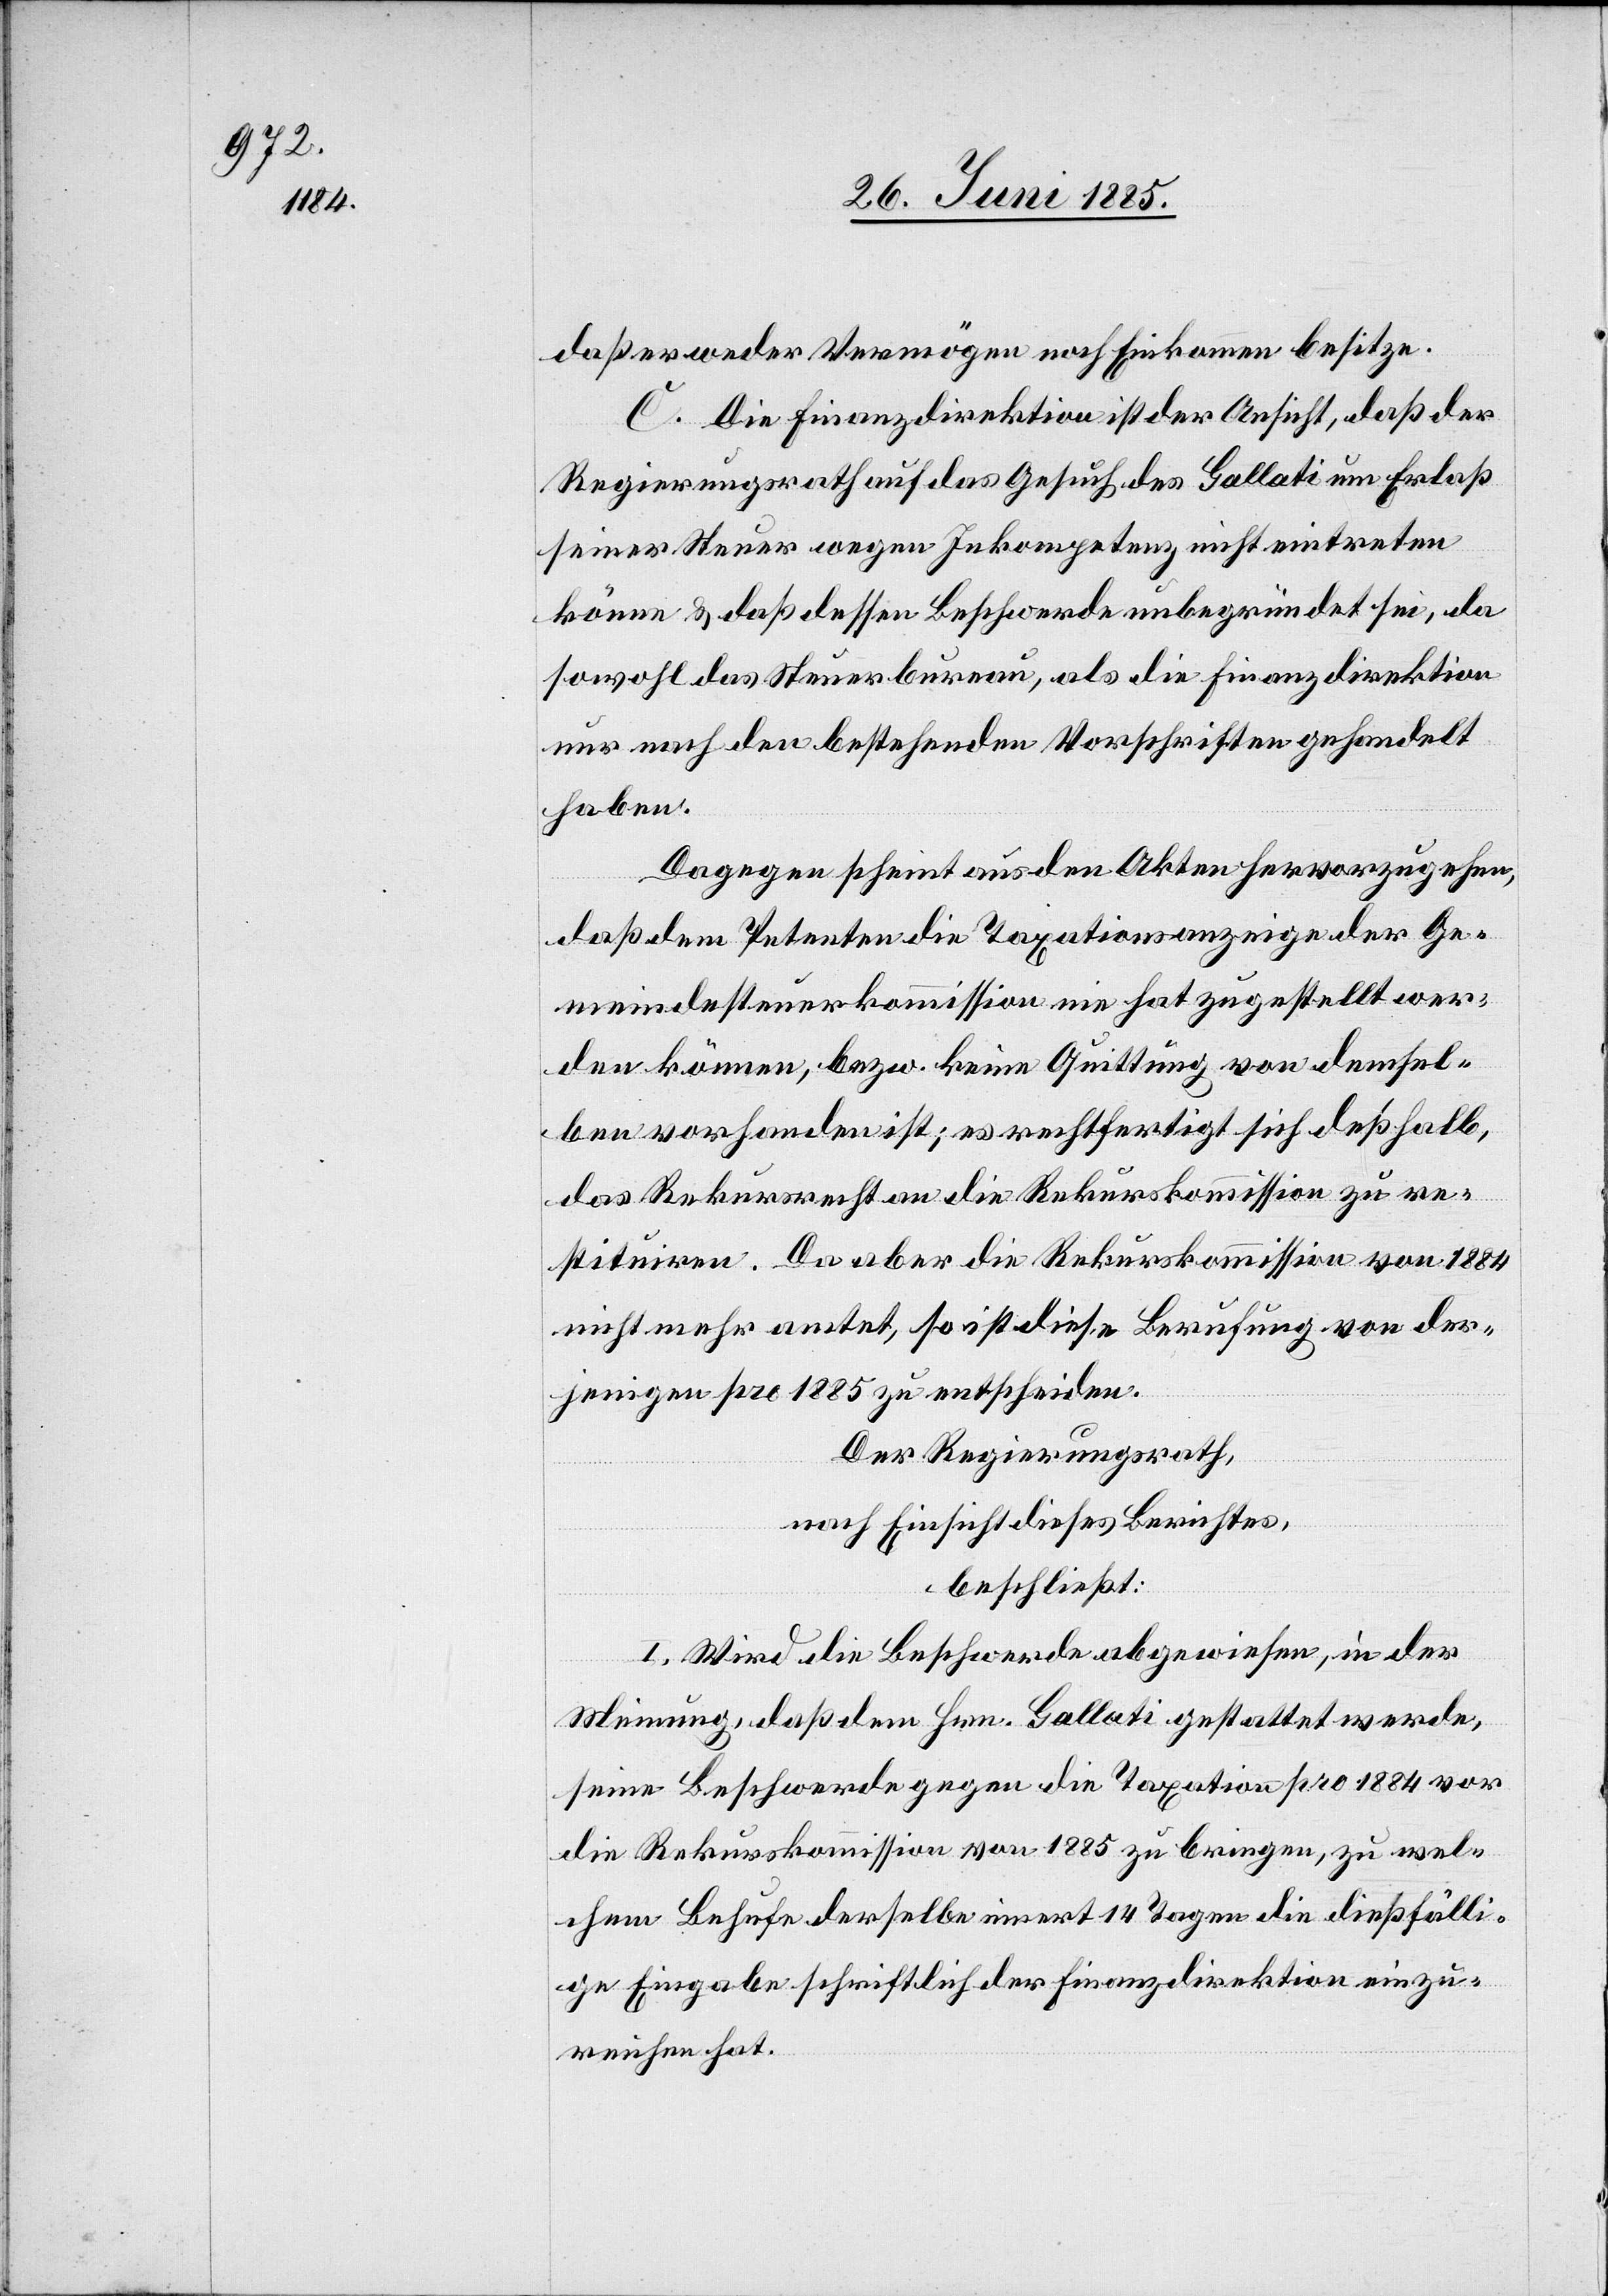
daß er weder Vermögen noch Einkommen besitze.
C. Die Finanzdirektion ist der Ansicht, daß der
Regierungsrath auf das Gesuch des Gallati um Erlaß
seiner Steuer wegen Inkompetenz nicht eintreten
könne & daß dessen Beschwerde unbegründet sei, da
sowohl das Steuerbureau, als die Finanzdirektion
nur nach den bestehenden Vorschriften gehandelt
haben.
Dagegen scheint aus den Akten hervorzugehen,
daß dem Petenten die Taxationsanzeige der Ge¬
meindesteuerkommission nie hat zugestellt wer¬
den können, bezw. keine Quittung von demsel¬
ben vorhanden ist; es rechtfertigt sich deßhalb,
das Rekursrecht an die Rekurskommission zu re¬
stituiren. Da aber die Rekurskommission von 1884
nicht mehr amtet, so ist diese Berufung von der¬
jenigen pro 1885 zu entscheiden.
Der Regierungsrath,
nach Einsicht dieses Berichtes,
beschließt:
I. Wird die Beschwerde abgewiesen, in der
Meinung, daß dem Hrn. Gallati gestattet werde,
seine Beschwerde gegen die Taxation pro 1884 vor
die Rekurskommission von 1885 zu bringen, zu wel¬
chem Behufe derselbe innert 14 Tagen die dießfälli¬
ge Eingabe schriftlich der Finanzdirektion einzu¬
reichen hat.